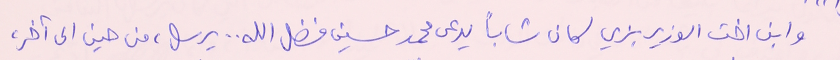
وابن اخت الوزير بزي كان شاباً يدعى محمد حسين فضل الله .. يرسل، من حين الى آخر،